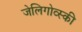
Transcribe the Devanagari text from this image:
जेलिगोव्स्की